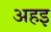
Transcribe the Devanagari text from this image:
अहइ